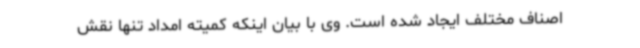
اصناف مختلف ایجاد شده است. وی با بیان اینکه کمیته امداد تنها نقش